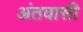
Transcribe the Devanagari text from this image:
अंतवासी